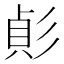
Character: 𢒟